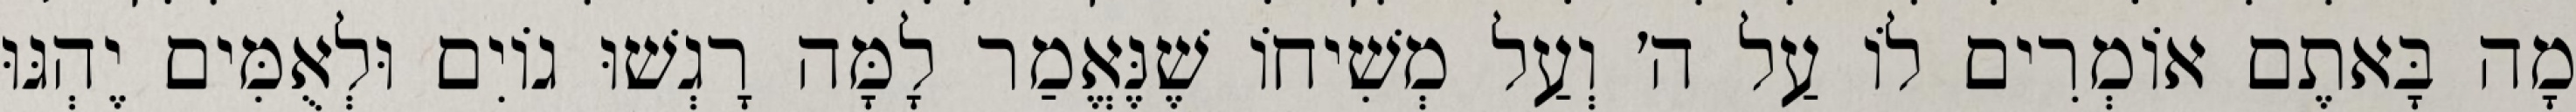
מָה בָּאתֶם אוֹמְרִים לוֹ עַל ה׳ וְעַל מְשִׁיחוֹ שֶׁנֶּאֱמַר לָמָּה רָגְשׁוּ גוֹיִם וּלְאֻמִּים יֶהְגּוּ